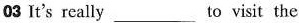
03 It's really ___ to visit the